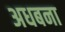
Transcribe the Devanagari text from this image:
अधबना